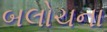
બલોચના